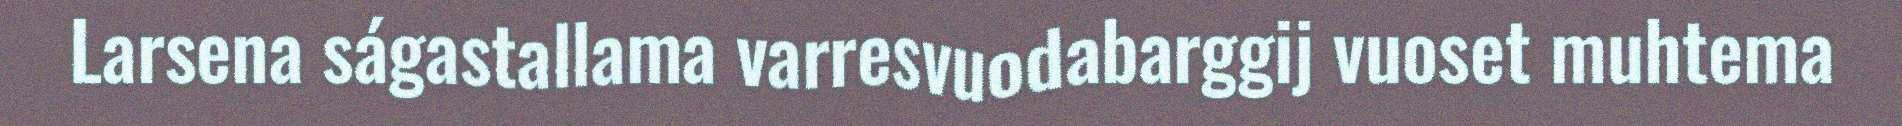
Larsena ságastallama varresvuodabarggij vuoset muhtema